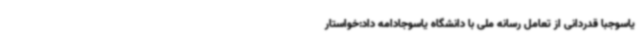
یاسوجبا قدردانی از تعامل رسانه ملی با دانشگاه یاسوجادامه داد:خواستار